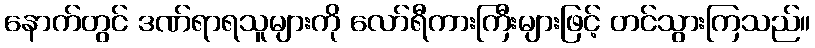
နောက်တွင် ဒဏ်ရာရသူများကို လော်ရီကားကြီးများဖြင့် တင်သွားကြသည်။